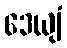
ဒေယျံ